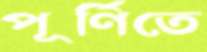
পূর্ণিতে